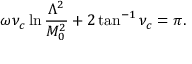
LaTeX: \omega \nu _ { c } \ln \frac { \Lambda ^ { 2 } } { M _ { 0 } ^ { 2 } } + 2 \tan ^ { - 1 } \nu _ { c } = \pi .